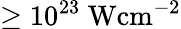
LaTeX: \geq 10^{23}\mathrm{~Wcm^{-2}}